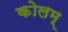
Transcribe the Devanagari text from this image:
कोलम्